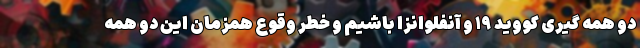
دو همه گیری کووید ۱۹ و آنفلوانزا باشیم و خطر وقوع همزمان این دو همه